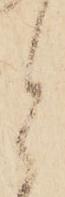
と